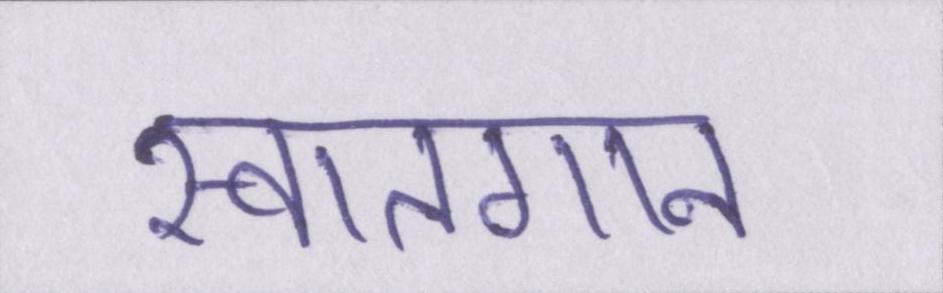
स्वातगान